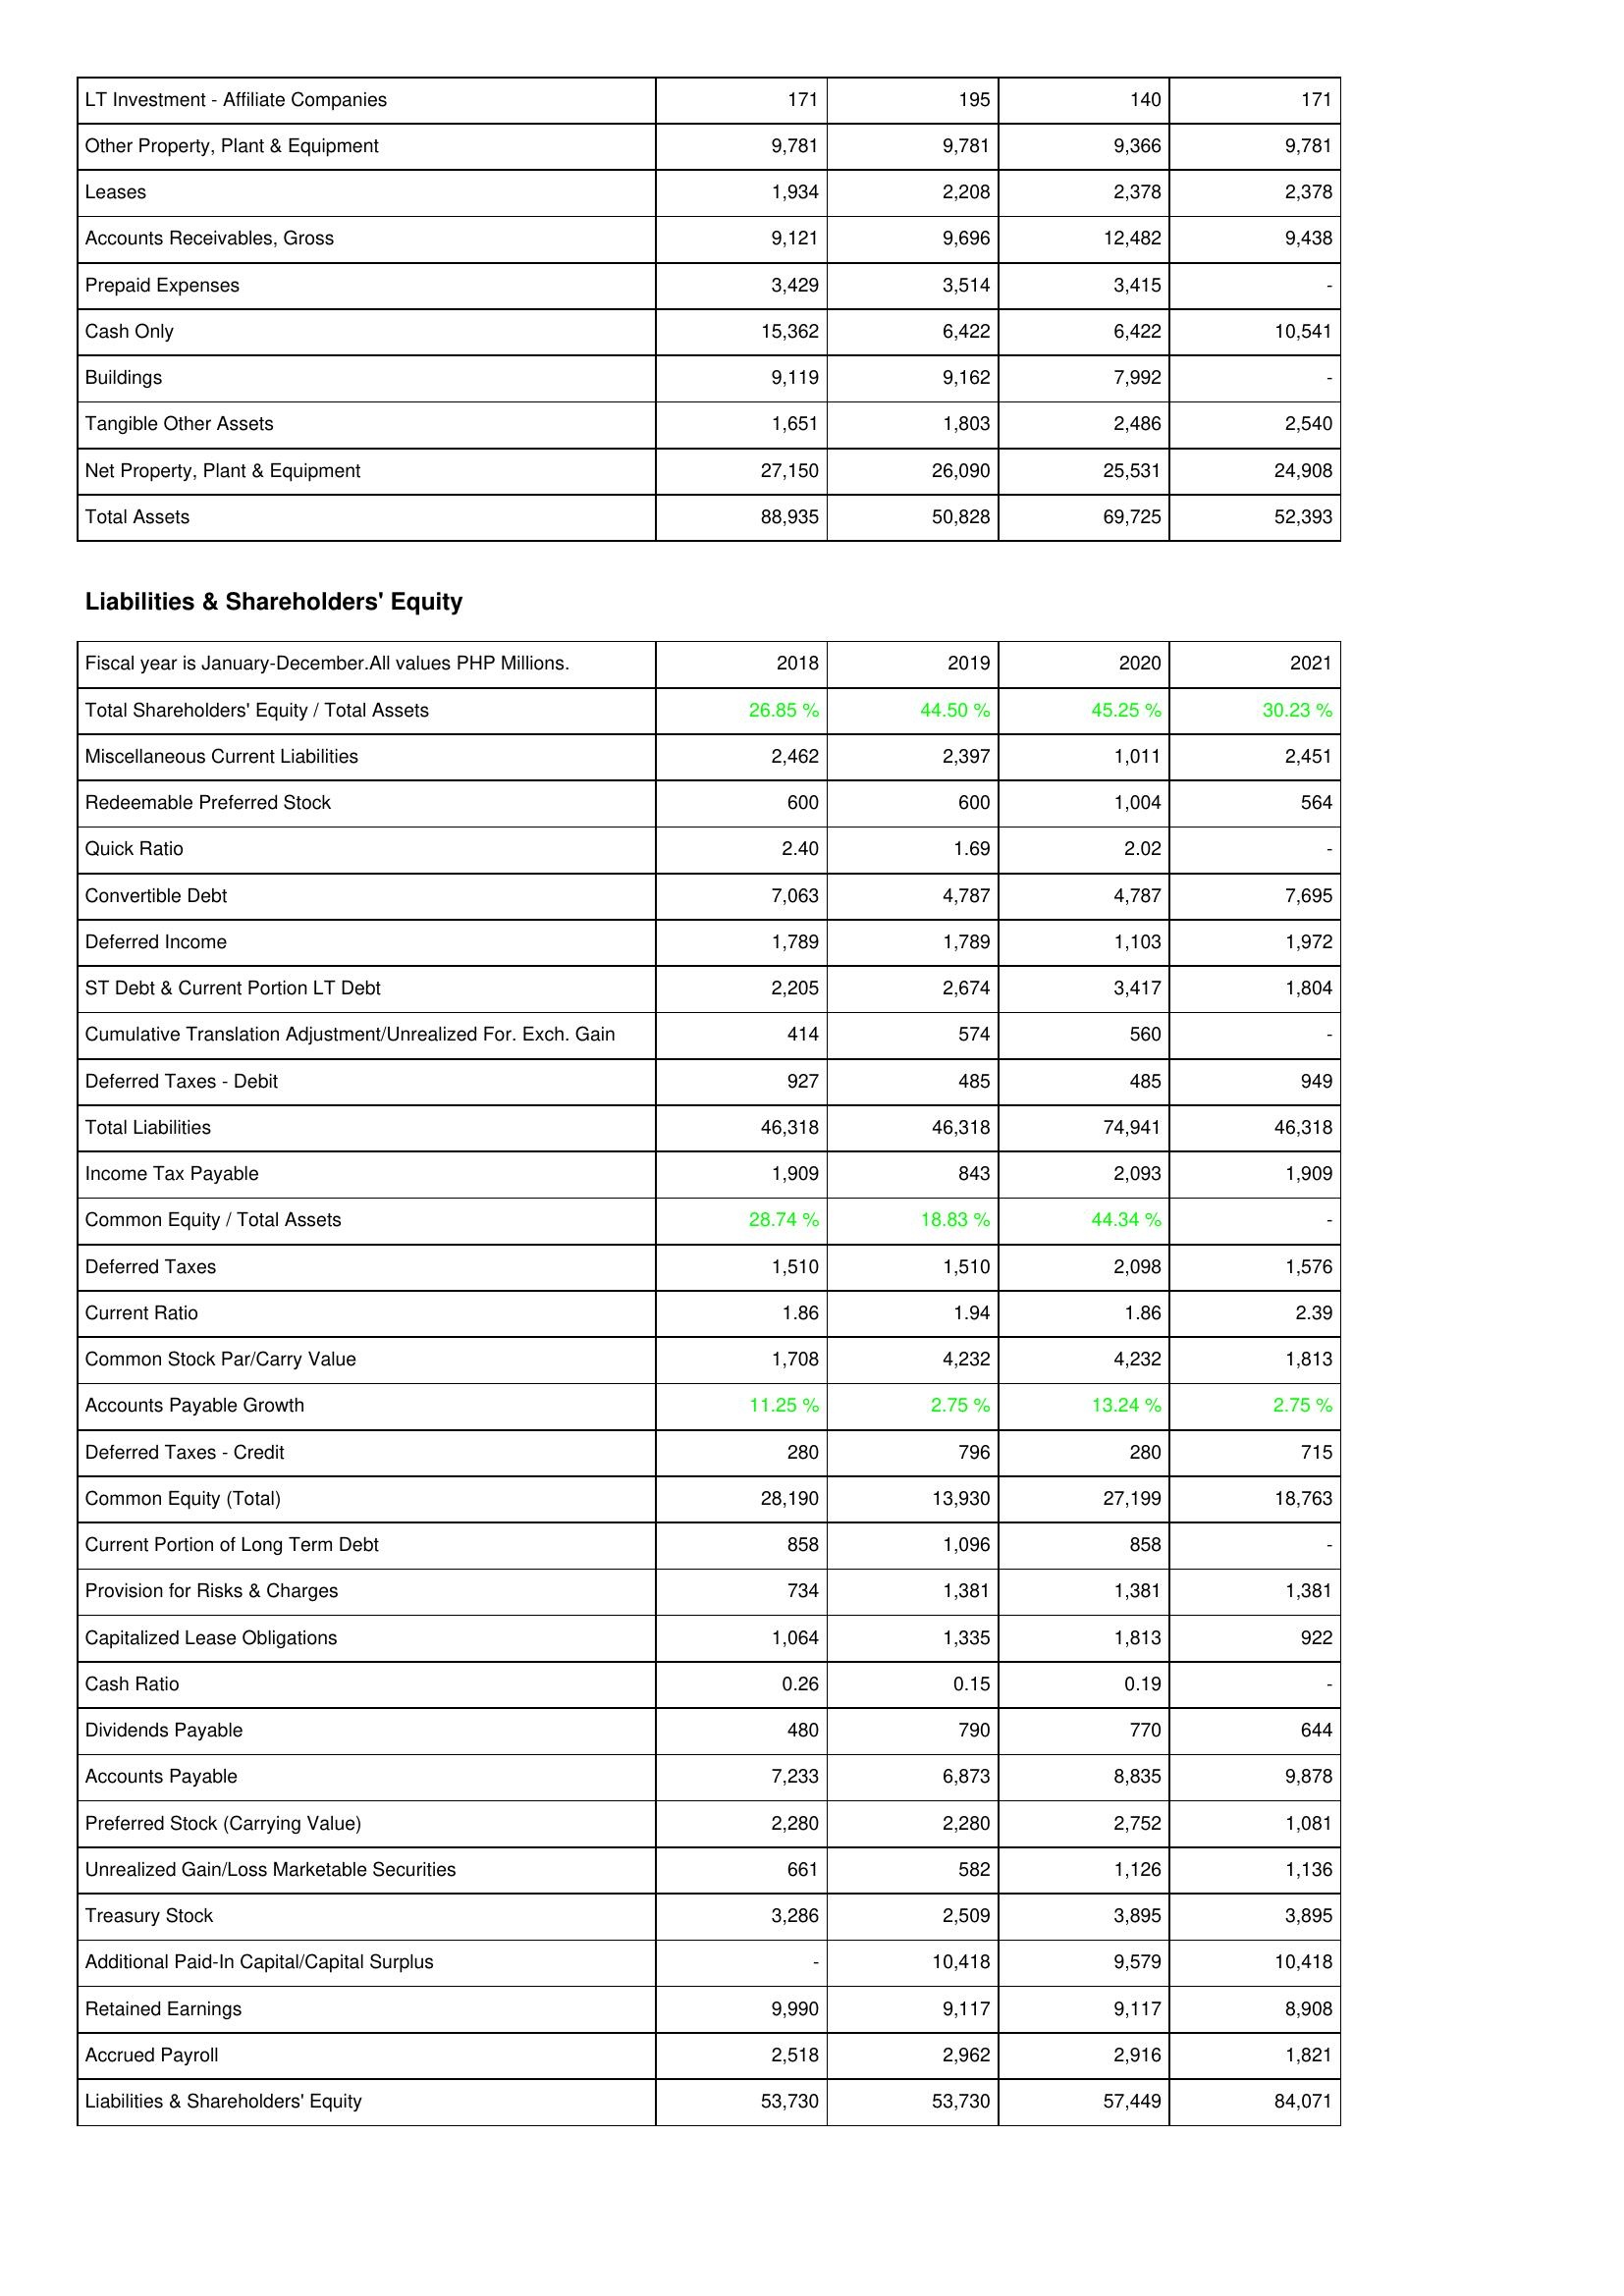
2018: Assets: LT Investment - Affiliate Companies: 171
Other Property, Plant & Equipment: 9,781
Leases: 1,934
Accounts Receivables, Gross: 9,121
Prepaid Expenses: 3,429
Cash Only: 15,362
Buildings: 9,119
Tangible Other Assets: 1,651
Net Property, Plant & Equipment: 27,150
Total Assets: 88,935
Liabilities & Shareholders' Equity: Total Shareholders' Equity / Total Assets: 26.85 %
Miscellaneous Current Liabilities: 2,462
Redeemable Preferred Stock: 600
Quick Ratio: 2.40
Convertible Debt: 7,063
Deferred Income: 1,789
ST Debt & Current Portion LT Debt: 2,205
Cumulative Translation Adjustment/Unrealized For. Exch. Gain: 414
Deferred Taxes - Debit: 927
Total Liabilities: 46,318
Income Tax Payable: 1,909
Common Equity / Total Assets: 28.74 %
Deferred Taxes: 1,510
Current Ratio: 1.86
Common Stock Par/Carry Value: 1,708
Accounts Payable Growth: 11.25 %
Deferred Taxes - Credit: 280
Common Equity (Total): 28,190
Current Portion of Long Term Debt: 858
Provision for Risks & Charges: 734
Capitalized Lease Obligations: 1,064
Cash Ratio: 0.26
Dividends Payable: 480
Accounts Payable: 7,233
Preferred Stock (Carrying Value): 2,280
Unrealized Gain/Loss Marketable Securities: 661
Treasury Stock: 3,286
Additional Paid-In Capital/Capital Surplus: -
Retained Earnings: 9,990
Accrued Payroll: 2,518
Liabilities & Shareholders' Equity: 53,730
2019: Assets: LT Investment - Affiliate Companies: 195
Other Property, Plant & Equipment: 9,781
Leases: 2,208
Accounts Receivables, Gross: 9,696
Prepaid Expenses: 3,514
Cash Only: 6,422
Buildings: 9,162
Tangible Other Assets: 1,803
Net Property, Plant & Equipment: 26,090
Total Assets: 50,828
Liabilities & Shareholders' Equity: Total Shareholders' Equity / Total Assets: 44.50 %
Miscellaneous Current Liabilities: 2,397
Redeemable Preferred Stock: 600
Quick Ratio: 1.69
Convertible Debt: 4,787
Deferred Income: 1,789
ST Debt & Current Portion LT Debt: 2,674
Cumulative Translation Adjustment/Unrealized For. Exch. Gain: 574
Deferred Taxes - Debit: 485
Total Liabilities: 46,318
Income Tax Payable: 843
Common Equity / Total Assets: 18.83 %
Deferred Taxes: 1,510
Current Ratio: 1.94
Common Stock Par/Carry Value: 4,232
Accounts Payable Growth: 2.75 %
Deferred Taxes - Credit: 796
Common Equity (Total): 13,930
Current Portion of Long Term Debt: 1,096
Provision for Risks & Charges: 1,381
Capitalized Lease Obligations: 1,335
Cash Ratio: 0.15
Dividends Payable: 790
Accounts Payable: 6,873
Preferred Stock (Carrying Value): 2,280
Unrealized Gain/Loss Marketable Securities: 582
Treasury Stock: 2,509
Additional Paid-In Capital/Capital Surplus: 10,418
Retained Earnings: 9,117
Accrued Payroll: 2,962
Liabilities & Shareholders' Equity: 53,730
2020: Assets: LT Investment - Affiliate Companies: 140
Other Property, Plant & Equipment: 9,366
Leases: 2,378
Accounts Receivables, Gross: 12,482
Prepaid Expenses: 3,415
Cash Only: 6,422
Buildings: 7,992
Tangible Other Assets: 2,486
Net Property, Plant & Equipment: 25,531
Total Assets: 69,725
Liabilities & Shareholders' Equity: Total Shareholders' Equity / Total Assets: 45.25 %
Miscellaneous Current Liabilities: 1,011
Redeemable Preferred Stock: 1,004
Quick Ratio: 2.02
Convertible Debt: 4,787
Deferred Income: 1,103
ST Debt & Current Portion LT Debt: 3,417
Cumulative Translation Adjustment/Unrealized For. Exch. Gain: 560
Deferred Taxes - Debit: 485
Total Liabilities: 74,941
Income Tax Payable: 2,093
Common Equity / Total Assets: 44.34 %
Deferred Taxes: 2,098
Current Ratio: 1.86
Common Stock Par/Carry Value: 4,232
Accounts Payable Growth: 13.24 %
Deferred Taxes - Credit: 280
Common Equity (Total): 27,199
Current Portion of Long Term Debt: 858
Provision for Risks & Charges: 1,381
Capitalized Lease Obligations: 1,813
Cash Ratio: 0.19
Dividends Payable: 770
Accounts Payable: 8,835
Preferred Stock (Carrying Value): 2,752
Unrealized Gain/Loss Marketable Securities: 1,126
Treasury Stock: 3,895
Additional Paid-In Capital/Capital Surplus: 9,579
Retained Earnings: 9,117
Accrued Payroll: 2,916
Liabilities & Shareholders' Equity: 57,449
2021: Assets: LT Investment - Affiliate Companies: 171
Other Property, Plant & Equipment: 9,781
Leases: 2,378
Accounts Receivables, Gross: 9,438
Prepaid Expenses: -
Cash Only: 10,541
Buildings: -
Tangible Other Assets: 2,540
Net Property, Plant & Equipment: 24,908
Total Assets: 52,393
Liabilities & Shareholders' Equity: Total Shareholders' Equity / Total Assets: 30.23 %
Miscellaneous Current Liabilities: 2,451
Redeemable Preferred Stock: 564
Quick Ratio: -
Convertible Debt: 7,695
Deferred Income: 1,972
ST Debt & Current Portion LT Debt: 1,804
Cumulative Translation Adjustment/Unrealized For. Exch. Gain: -
Deferred Taxes - Debit: 949
Total Liabilities: 46,318
Income Tax Payable: 1,909
Common Equity / Total Assets: -
Deferred Taxes: 1,576
Current Ratio: 2.39
Common Stock Par/Carry Value: 1,813
Accounts Payable Growth: 2.75 %
Deferred Taxes - Credit: 715
Common Equity (Total): 18,763
Current Portion of Long Term Debt: -
Provision for Risks & Charges: 1,381
Capitalized Lease Obligations: 922
Cash Ratio: -
Dividends Payable: 644
Accounts Payable: 9,878
Preferred Stock (Carrying Value): 1,081
Unrealized Gain/Loss Marketable Securities: 1,136
Treasury Stock: 3,895
Additional Paid-In Capital/Capital Surplus: 10,418
Retained Earnings: 8,908
Accrued Payroll: 1,821
Liabilities & Shareholders' Equity: 84,071